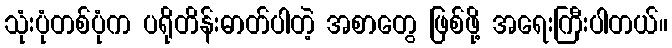
သုံးပုံတစ်ပုံက ပရိုတိန်းဓာတ်ပါတဲ့ အစာတွေ ဖြစ်ဖို့ အရေးကြီးပါတယ်။